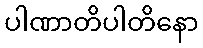
ပါဏာတိပါတိနော